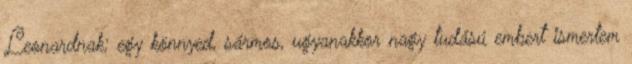
Leonardnak; egy könnyed, sármos, ugyanakkor nagy tudású embert ismertem